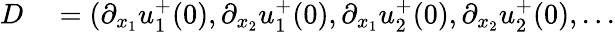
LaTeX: \begin{array}{rl}{D}&{{}=(\partial_{x_{1}}u_{1}^{+}(0),\partial_{x_{2}}u_{1}^{+}(0),\partial_{x_{1}}u_{2}^{+}(0),\partial_{x_{2}}u_{2}^{+}(0),...}\end{array}